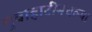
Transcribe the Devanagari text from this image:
गुवाहाटीमधल्या